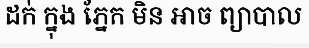
ដក់ ក្នុង ភ្នែក មិន អាច ព្យាបាល